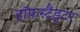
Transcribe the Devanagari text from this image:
हॉफ़स्टैड्टर